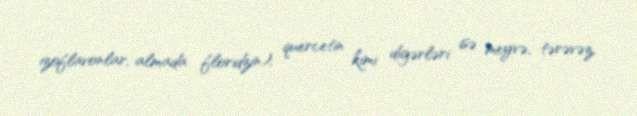
izoflavonlar, almada floridzin); quercetin kimi digərləri isə meyvə, tərəvəz,